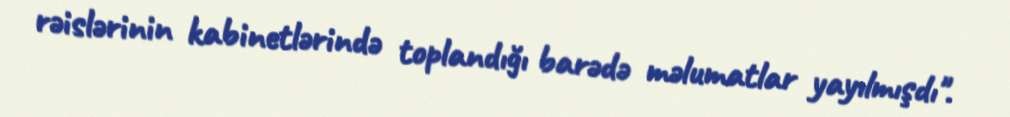
rəislərinin kabinetlərində toplandığı barədə məlumatlar yayılmışdı".